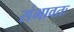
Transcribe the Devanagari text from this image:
संभावतः